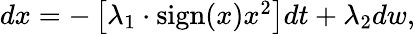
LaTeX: \begin{array}{r}{dx=-\left[\lambda_{1}\cdot\mathrm{sign}(x)x^{2}\right]dt+\lambda_{2}dw,}\end{array}